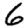
Digit: 6